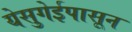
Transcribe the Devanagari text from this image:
येसुगेईपासून